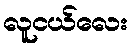
လူငယ်လေး